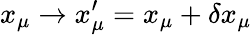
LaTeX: x_{\mu}\rightarrow x_{\mu}^{\prime}=x_{\mu}+\delta x_{\mu}